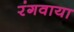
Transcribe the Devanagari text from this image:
रंगवाया